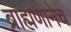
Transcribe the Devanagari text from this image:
ब्राह्मणानेच